Indian journal of veterinary science and animal husbandry - Volume 11,
Year: 1941
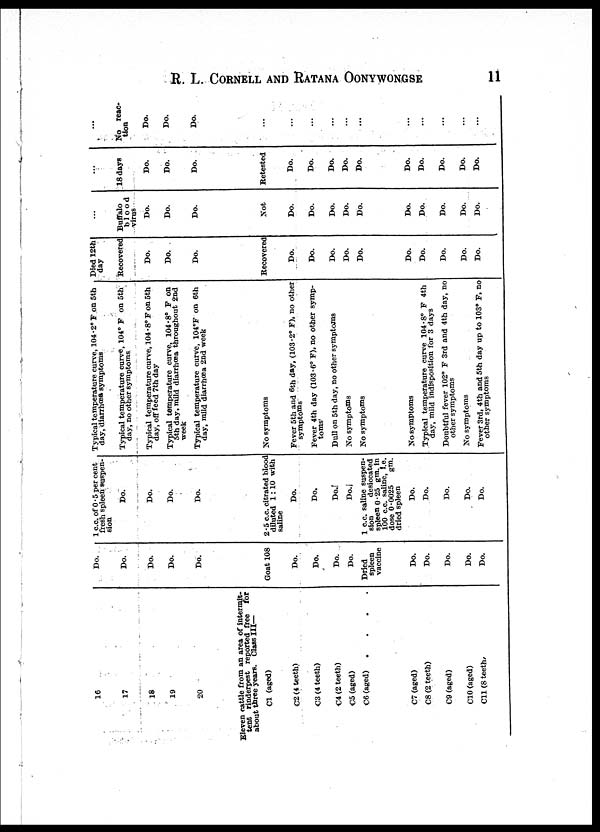
R. L. CORNELL AND RATANA OONYWONGSE 11
16
17
18
19
20
Eleven cattle from an area of intermit-
tent rinderpest reported free
for
about three years. Class III—
C1 (aged)
C2 (4 teeth)
C3 (4 teeth)
C4 (2 teeth)
C5 (aged)
C6 (aged)
.
.
.
.
C7 (aged)
C8 (2 teeth)
C9 (aged)
C10 (aged)
C11 (8 teeth)
Do.
Do.
Do.
Do.
Do.
Goat 108
Do.
Do.
Do.
Do.
Dried
spleen
vaccine
Do.
Do.
Do.
Do.
Do.
1 c.c. of 0.5 per cent
fresh spleen suspen-
sion
Do.
Do.
Do.
Do.
2.5 c.c. citrated blood
diluted 1: 10 with
saline
Do.
Do.
Do.
Do.
1 c.c. saline suspen-
sion
desiccated
spleen 0.25 gm. in
100 c.c. saline, i.e.
dose 0.0025
gm.
dried spleen
Do.
Do.
Do.
Do.
Do.
Typical temperature curve, 104.2° F on 5th
day, diarrhœa symptoms
Typical temperature curve, 104° F on 5th
day, no other symptoms
Typical temperature curve, 104.8° F on 5th
day, off feed 7th day
Typical temperature curve, 104.8° F on
5th day, mild diarrhœa throughout 2nd
week
Typical temperature curve, 104°F on 6th
day, mild diarrhœa 2nd week
No symptoms
Fever 5th and 6th day, (103.2° F), no other
symptoms
Fever 4th day (103.6° F), no other symp-
toms
Dull on 5th day, no other symptoms
No symptoms
No symptoms
No symptoms
Typical temperature curve 104.8° F 4th
day, mild indisposition for 3 days
Doubtful fever 102° F 3rd and 4th day, no
other symptoms
No symptoms
Fever 3rd, 4th and 5th day up to 103° F, no
other symptoms
Died 12th
day
Recovered
Do.
Do.
Do.
Recovered
Do.
Do.
Do.
Do.
Do.
Do.
Do.
Do.
Do.
Do.
...
Buffalo
blood
virus
Do.
Do.
Do.
Not
Do.
Do.
Do.
Do.
Do.
Do.
Do.
Do.
Do.
Do.
...
18 days
Do.
Do.
Do.
Retested
Do.
Do.
Do.
Do.
Do.
Do.
Do.
Do.
Do.
Do.
...
No reac-
tion
Do.
Do.
Do.
...
...
...
...
...
...
...
...
...
...
...